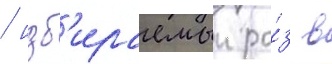
/ изб'ираемыи ра́з в